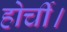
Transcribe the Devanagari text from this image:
होर्ची।